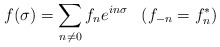
\begin{align*}f(\sigma) = \sum_{n \ne 0} f_n e^{ in\sigma }\;\;\;( f_{-n} = f_n^* )\end{align*}